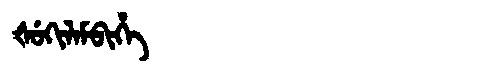
Manchu: ᡧᡠᡴᡳᠯᠠᠮᠪᡳᡥᡝ
Romanization: ŠUKILAMBIHE